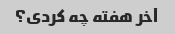
آخر هفته چه کردی؟